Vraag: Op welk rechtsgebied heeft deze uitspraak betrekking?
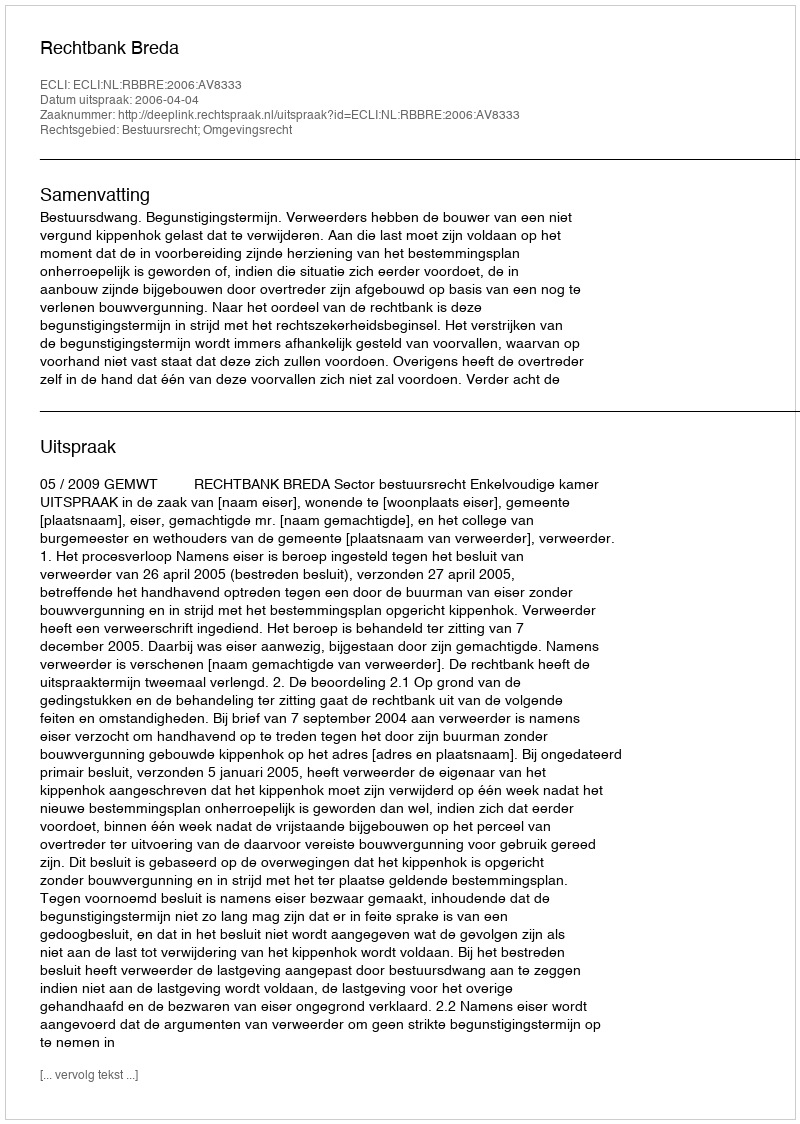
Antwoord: Bestuursrecht; Omgevingsrecht